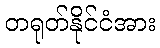
တရုတ်နိုင်ငံအား